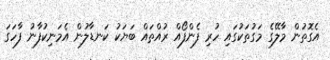
އެގޮތުން މާލޭގެ މަގުތަކުގައި ހުރި ފެންފޯއް ރުއްތައް ބަޔަކު ކަނޑާލުން އެމަނިކުފާނު ފާހަގަ